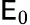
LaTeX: \mathsf{E}_{0}